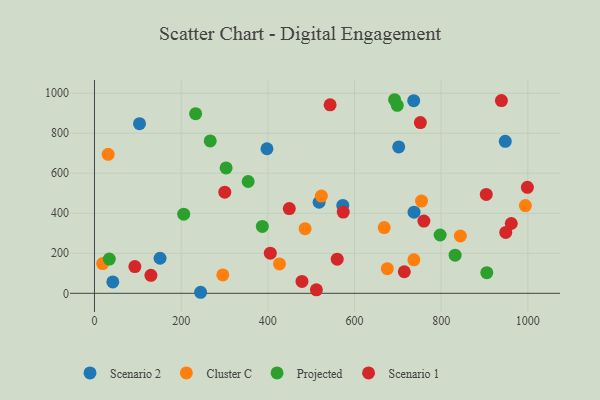
{"axis": {"x": "Experience", "y": "Fuel Efficiency"}, "legend": ["Cluster C", "Projected", "Scenario 1", "Scenario 2"], "data": [{"x": "244.9", "y": 5.1, "type": "Scenario 2"}, {"x": "151.3", "y": 175.1, "type": "Scenario 2"}, {"x": "702.0", "y": 731.4, "type": "Scenario 2"}, {"x": "398.0", "y": 722.5, "type": "Scenario 2"}, {"x": "103.9", "y": 847.8, "type": "Scenario 2"}, {"x": "518.3", "y": 455.0, "type": "Scenario 2"}, {"x": "737.4", "y": 405.5, "type": "Scenario 2"}, {"x": "573.0", "y": 439.4, "type": "Scenario 2"}, {"x": "42.3", "y": 56.7, "type": "Scenario 2"}, {"x": "947.9", "y": 759.8, "type": "Scenario 2"}, {"x": "736.6", "y": 962.7, "type": "Scenario 2"}, {"x": "668.6", "y": 328.3, "type": "Cluster C"}, {"x": "18.8", "y": 148.5, "type": "Cluster C"}, {"x": "844.2", "y": 286.4, "type": "Cluster C"}, {"x": "486.0", "y": 322.8, "type": "Cluster C"}, {"x": "994.3", "y": 438.4, "type": "Cluster C"}, {"x": "296.1", "y": 91.8, "type": "Cluster C"}, {"x": "754.6", "y": 460.9, "type": "Cluster C"}, {"x": "523.6", "y": 485.8, "type": "Cluster C"}, {"x": "675.8", "y": 123.0, "type": "Cluster C"}, {"x": "426.9", "y": 147.0, "type": "Cluster C"}, {"x": "31.6", "y": 694.6, "type": "Cluster C"}, {"x": "737.0", "y": 167.2, "type": "Cluster C"}, {"x": "832.2", "y": 190.3, "type": "Projected"}, {"x": "692.5", "y": 967.5, "type": "Projected"}, {"x": "303.7", "y": 626.7, "type": "Projected"}, {"x": "698.7", "y": 939.5, "type": "Projected"}, {"x": "354.6", "y": 558.8, "type": "Projected"}, {"x": "34.2", "y": 171.1, "type": "Projected"}, {"x": "205.9", "y": 395.7, "type": "Projected"}, {"x": "233.4", "y": 897.7, "type": "Projected"}, {"x": "797.6", "y": 291.3, "type": "Projected"}, {"x": "905.2", "y": 103.3, "type": "Projected"}, {"x": "387.3", "y": 334.1, "type": "Projected"}, {"x": "267.1", "y": 761.7, "type": "Projected"}, {"x": "543.7", "y": 941.9, "type": "Scenario 1"}, {"x": "449.5", "y": 423.6, "type": "Scenario 1"}, {"x": "574.0", "y": 405.8, "type": "Scenario 1"}, {"x": "904.0", "y": 494.3, "type": "Scenario 1"}, {"x": "478.8", "y": 59.5, "type": "Scenario 1"}, {"x": "560.1", "y": 170.5, "type": "Scenario 1"}, {"x": "752.0", "y": 853.2, "type": "Scenario 1"}, {"x": "300.7", "y": 505.2, "type": "Scenario 1"}, {"x": "714.9", "y": 107.6, "type": "Scenario 1"}, {"x": "998.9", "y": 529.5, "type": "Scenario 1"}, {"x": "939.0", "y": 963.2, "type": "Scenario 1"}, {"x": "405.7", "y": 200.7, "type": "Scenario 1"}, {"x": "512.0", "y": 17.3, "type": "Scenario 1"}, {"x": "130.2", "y": 89.6, "type": "Scenario 1"}, {"x": "949.0", "y": 304.4, "type": "Scenario 1"}, {"x": "760.1", "y": 360.9, "type": "Scenario 1"}, {"x": "93.2", "y": 133.5, "type": "Scenario 1"}, {"x": "961.8", "y": 348.9, "type": "Scenario 1"}]}